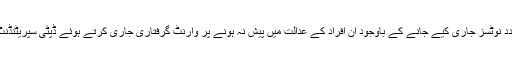
انسداد دہشت گردی کی عدالت کے جج سہیل اکرام زیدی نے متعدد نوٹسز جاری کیے جانے کے باوجود ان افراد کے عدالت میں پیش نہ ہونے پر وارنٹ گرفتاری جاری کرتے ہوئے ڈپٹی سپریٹنڈنٹ ادریس راٹھور کو حکم دیا کہ وہ اس کی تعمیل کو یقینی بنائیں۔